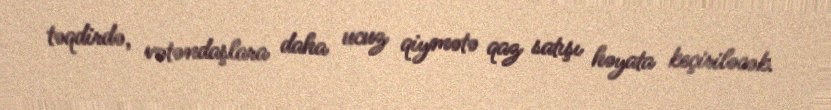
təqdirdə, vətəndaşlara daha ucuz qiymətə qaz satışı həyata keçiriləcək.